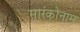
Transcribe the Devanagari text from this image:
मारंकोनाम